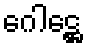
ဂေါဋ္ဌေ